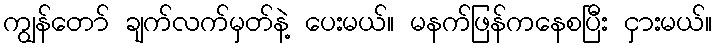
ကျွန်တော် ချက်လက်မှတ်နဲ့ ပေးမယ်။ မနက်ဖြန်ကနေစပြီး ငှားမယ်။